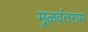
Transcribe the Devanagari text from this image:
मूळवंतराय